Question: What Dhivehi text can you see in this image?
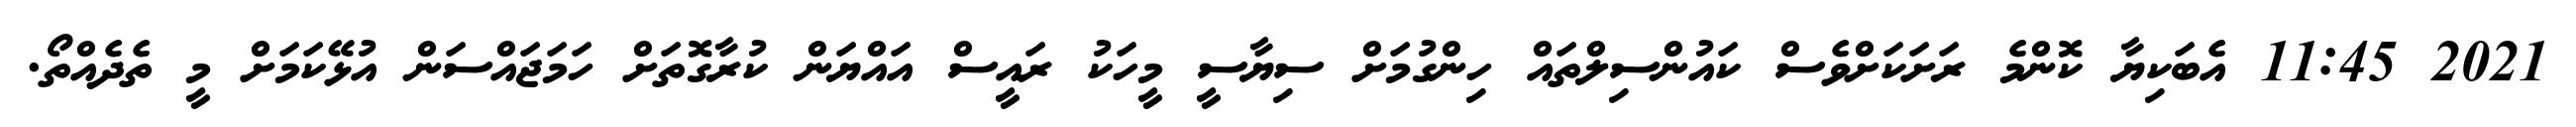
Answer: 2021 11:45 އެބަކިޔާ ކޮންމެ ރަށަކަށްވެސް ކައުންސިލްތައް ހިންގުމަށް ސިޔާސީ މީހަކު ރައީސް އައްޔަން ކުރާގޮތަށް ހަމަޖައްސަން އުޅޭކަމަށް މީ ތެދެއްތޯ.